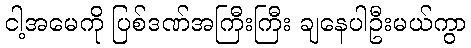
ငါ့အမေကို ပြစ်ဒဏ်အကြီးကြီး ချနေပါဦးမယ်ကွာ